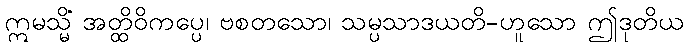
ဣမသ္မိံ အတ္ထိဝိကပ္ပေ၊ ဗစတသော၊ သမ္ပသာဒယတိ-ဟူသော ဤဒုတိယ